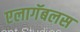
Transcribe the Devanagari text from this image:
एलागॅबलस